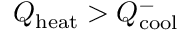
Q _ { \mathrm { h e a t } } > Q _ { \mathrm { c o o l } } ^ { - }